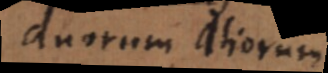
duorum aliorum